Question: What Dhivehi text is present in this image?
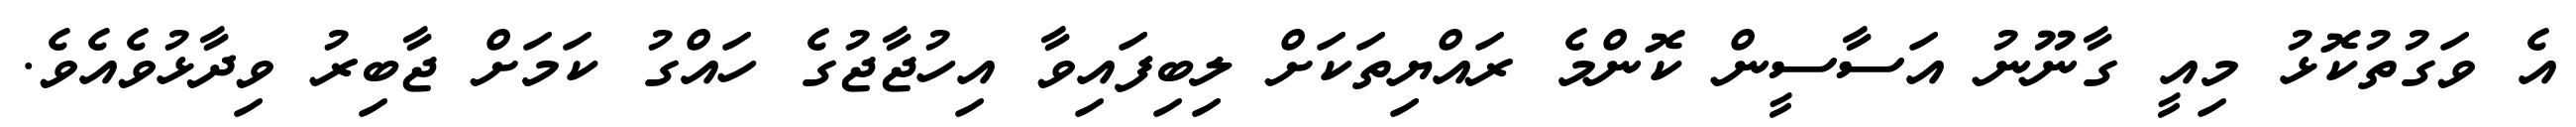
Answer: އެ ވަގުތުކޮޅު މިއީ ގާނޫނު އަސާސީން ކޮންމެ ރައްޔިތަކަށް ލިބިފައިވާ އިހުޖާޖުގެ ހައްގު ކަމަށް ޖާބިރު ވިދާޅުވެއެވެ.